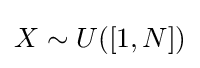
X\sim U([1,N])